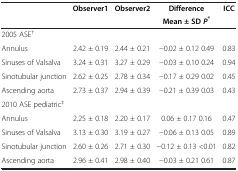
<table><thead><tr><td><b> </b></td><td><b>Observer1</b></td><td><b>Observer2</b></td><td><b>Difference</b></td><td><b>ICC</b></td></tr><tr><td><b> </b></td><td><b> </b></td><td><b> </b></td><td><b>Mean ± SD <i>P</i><sup>*</sup></b></td><td><b> </b></td></tr></thead><tbody><tr><td colspan="5">2005 ASE<sup>†</sup></td></tr><tr><td>Annulus</td><td>2.42 ± 0.19</td><td>2.44 ± 0.21</td><td>−0.02 ± 0.12 0.49</td><td>0.83</td></tr><tr><td>Sinuses of Valsalva</td><td>3.24 ± 0.31</td><td>3.27 ± 0.29</td><td>−0.03 ± 0.10 0.24</td><td>0.94</td></tr><tr><td>Sinotubular junction</td><td>2.62 ± 0.25</td><td>2.78 ± 0.34</td><td>−0.17 ± 0.29 0.02</td><td>0.45</td></tr><tr><td>Ascending aorta</td><td>2.73 ± 0.37</td><td>2.94 ± 0.39</td><td>−0.21 ± 0.39 0.03</td><td>0.43</td></tr><tr><td colspan="5">2010 ASE pediatric<sup>‡</sup></td></tr><tr><td>Annulus</td><td>2.25 ± 0.18</td><td>2.20 ± 0.17</td><td>0.06 ± 0.17 0.16</td><td>0.47</td></tr><tr><td>Sinuses of Valsalva</td><td>3.13 ± 0.30</td><td>3.19 ± 0.27</td><td>−0.06 ± 0.13 0.05</td><td>0.89</td></tr><tr><td>Sinotubular junction</td><td>2.60 ± 0.26</td><td>2.71 ± 0.30</td><td>−0.12 ± 0.13 &lt;0.01</td><td>0.82</td></tr><tr><td>Ascending aorta</td><td>2.96 ± 0.41</td><td>2.98 ± 0.40</td><td>−0.03 ± 0.21 0.61</td><td>0.87</td></tr></tbody></table>